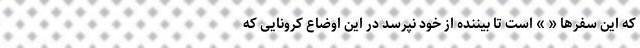
که این سفرها « » است تا بیننده از خود نپرسد در این اوضاع کرونایی که